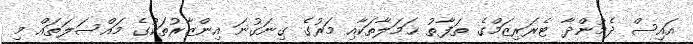
އައިސް ދެމުންދާ ޓެރަރިޒަމްގެ ތަފާތު ޙަމަލާތަކާއި މަރުގެ ގިނަގުނަ އިންޒާރުތަކުގެ މައްސަލަތައް މި